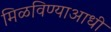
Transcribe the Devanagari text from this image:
मिळविण्याआधी